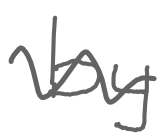
Text: by
Cross-out: wave
Writing tool: digital_gray